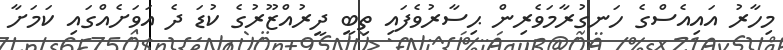
މިހާރު އައިއެސްގެ ހަނގުރާމަވެރިން ޙިސާރުވެފައި ތިބީ ދީރުއްޒޫރުގެ ކުޑަ ދެ އަވަށެއްގައި ކަމަށާ